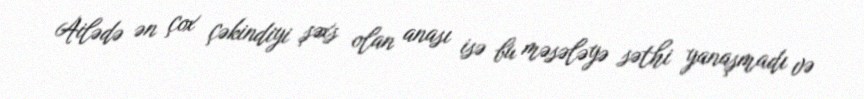
Ailədə ən çox çəkindiyi şəxs olan anası isə bu məsələyə səthi yanaşmadı və